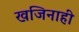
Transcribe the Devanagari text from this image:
खजिनाही